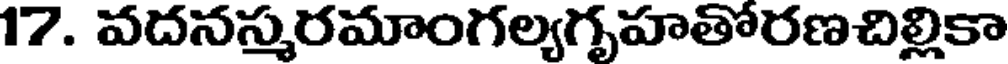
17. వదనస్మరమాంగల్యగృహతోరణచిల్లికా